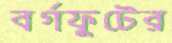
বর্গফুটের